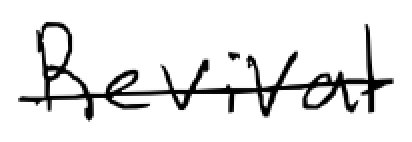
Text: Revival
Cross-out: single-line
Writing tool: digital_black